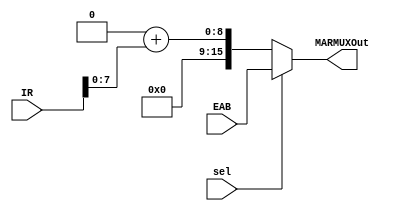
module MARMUX(
	input [15:0] IR,
	input [15:0] EAB,
	input sel,
	output reg [15:0] MARMUXOut);

	always @ (*) begin
		if (sel)
			MARMUXOut <= EAB;
		else
			MARMUXOut <= 16'b0 + IR[7:0];
	end

endmodule